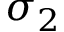
\sigma _ { 2 }